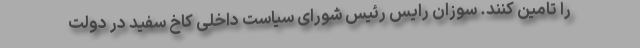
را تامین کنند. سوزان رایس رئیس شورای سیاست داخلی کاخ سفید در دولت